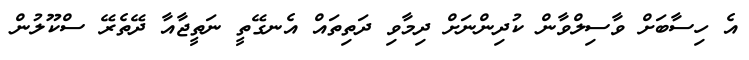
އެ ހިސާބަށް ވާސިލްވާން ކުދިންނަށް ދިމާވި ދަތިތައް އެނގޭތީ ނަތީޖާއާ ދޭތެރޭ ސްކޫލުން